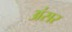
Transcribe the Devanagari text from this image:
अंसर